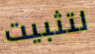
لتثبيت